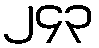
၂၄၃